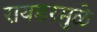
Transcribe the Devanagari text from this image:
रायडरमुळे